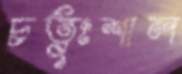
চতুঃশাল